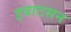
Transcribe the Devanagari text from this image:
इबाटसन